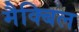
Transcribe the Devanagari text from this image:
मैक्बिल